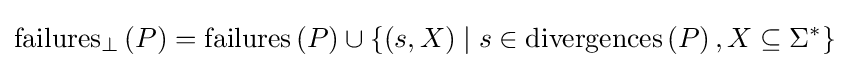
\mathrm {failures} _{\perp }\left(P\right)=\mathrm {failures} \left(P\right)\cup \left\{\left(s,X\right)\mid s\in \mathrm {divergences} \left(P\right),X\subseteq \Sigma ^{*}\right\}